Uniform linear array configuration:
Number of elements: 16
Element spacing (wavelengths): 1
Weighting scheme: cosine
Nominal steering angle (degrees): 15
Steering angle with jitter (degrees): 13.287
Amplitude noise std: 0.05
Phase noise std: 0.05

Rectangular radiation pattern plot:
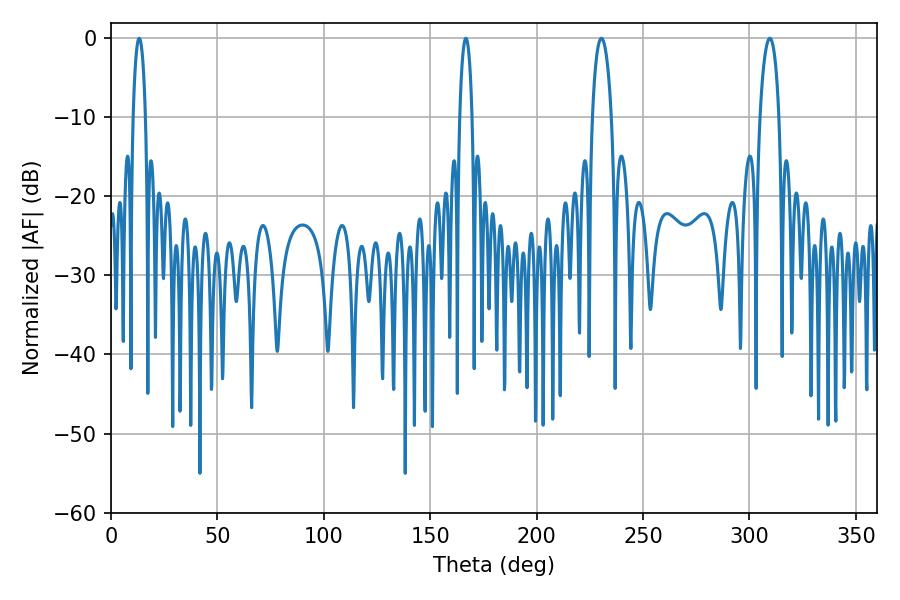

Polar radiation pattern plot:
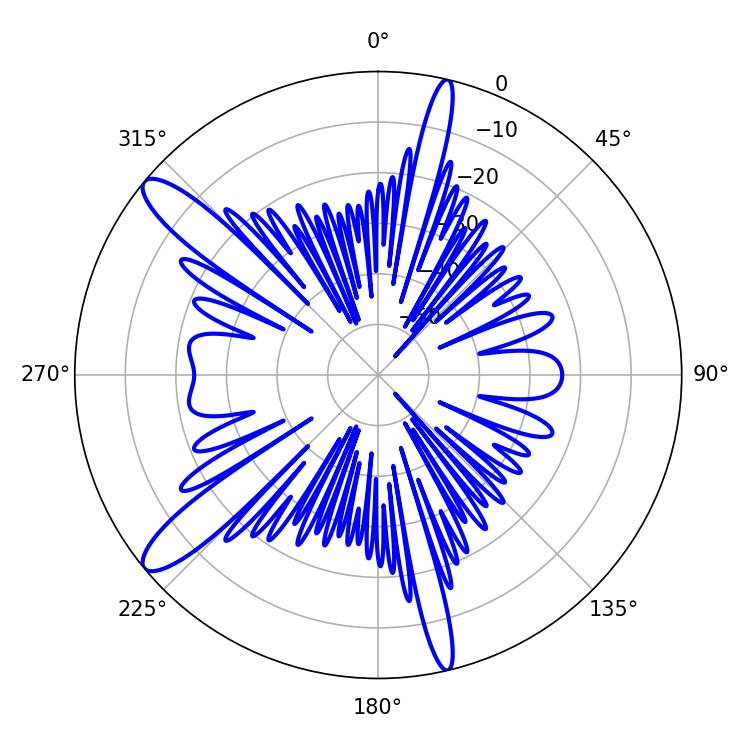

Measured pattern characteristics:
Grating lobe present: TRUE
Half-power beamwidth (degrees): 5.22
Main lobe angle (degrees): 230.4